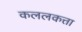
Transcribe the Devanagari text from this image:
कललकत्ता